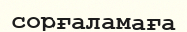
сорғаламаға